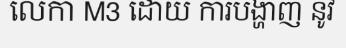
លេកា M3 ដោយ ការបង្ហាញ នូវ